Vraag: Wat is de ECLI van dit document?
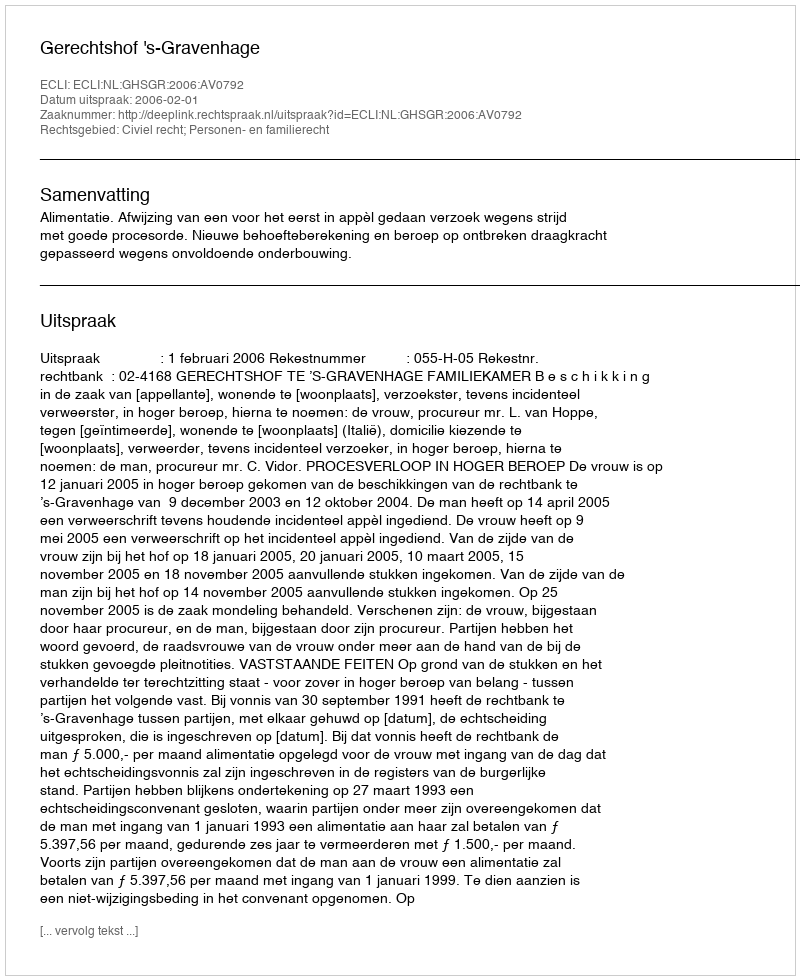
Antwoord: ECLI:NL:GHSGR:2006:AV0792